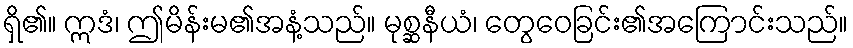
ရှိ၏။ ဣဒံ၊ ဤမိန်းမ၏အနံ့သည်။ မုစ္ဆနီယံ၊ တွေဝေခြင်း၏အကြောင်းသည်။